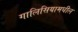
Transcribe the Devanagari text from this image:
गालिसियामधील